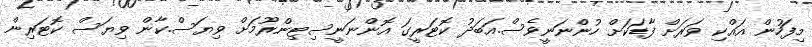
މިފަހުން އައްކި ވަރަށް ފާޑަކަށް ހުންނަނީވެސް.އަބަދު ކޮޓަރީގަ އޮންނަނީސިޓިންރޫމަށް ވިޔަސް.ކާން ވިޔަސް ކޮޓަރިން